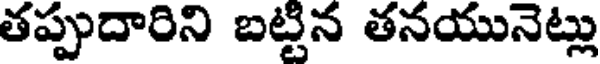
తప్పుదారిని బట్టిన తనయునెట్లు